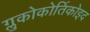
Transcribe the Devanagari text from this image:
ग्लुकोकोर्तिकोइद